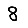
Digit: 8